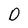
Character: D